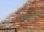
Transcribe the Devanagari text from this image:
व्यसाई